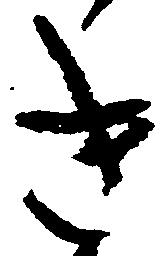
き